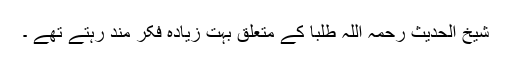
شیخ الحدیث رحمہ اللہ طلبا کے متعلق بہت زیادہ فکر مند رہتے تھے ۔